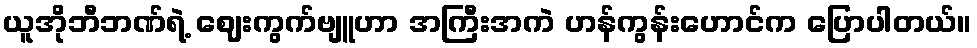
ယူအိုဘီဘဏ်ရဲ့ ဈေးကွက်ဗျူဟာ အကြီးအကဲ ဟန်ကွန်းဟောင်က ပြောပါတယ်။